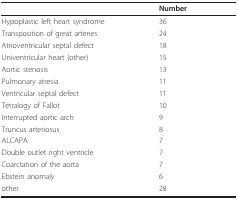
|  | Number |
 | --- | --- |
 | Hypoplastic left heart syndrome | 36 |
 | Transposition of great arteries | 24 |
 | Atrioventricular septal defect | 18 |
 | Univentricular heart (other) | 15 |
 | Aortic stenosis | 13 |
 | Pulmonary atresia | 11 |
 | Ventricular septal defect | 11 |
 | Tetralogy of Fallot | 10 |
 | Interrupted aortic arch | 9 |
 | Truncus arteriosus | 8 |
 | ALCAPA | 7 |
 | Double outlet right ventricle | 7 |
 | Coarctation of the aorta | 7 |
 | Ebstein anomaly | 6 |
 | other | 28 |